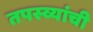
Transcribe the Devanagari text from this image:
तपस्व्यांची